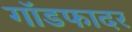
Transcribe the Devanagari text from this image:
गाॅडफादर